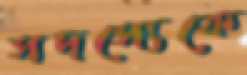
সদস্যেকে